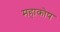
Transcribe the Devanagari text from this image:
महाकोष